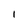
Character: l